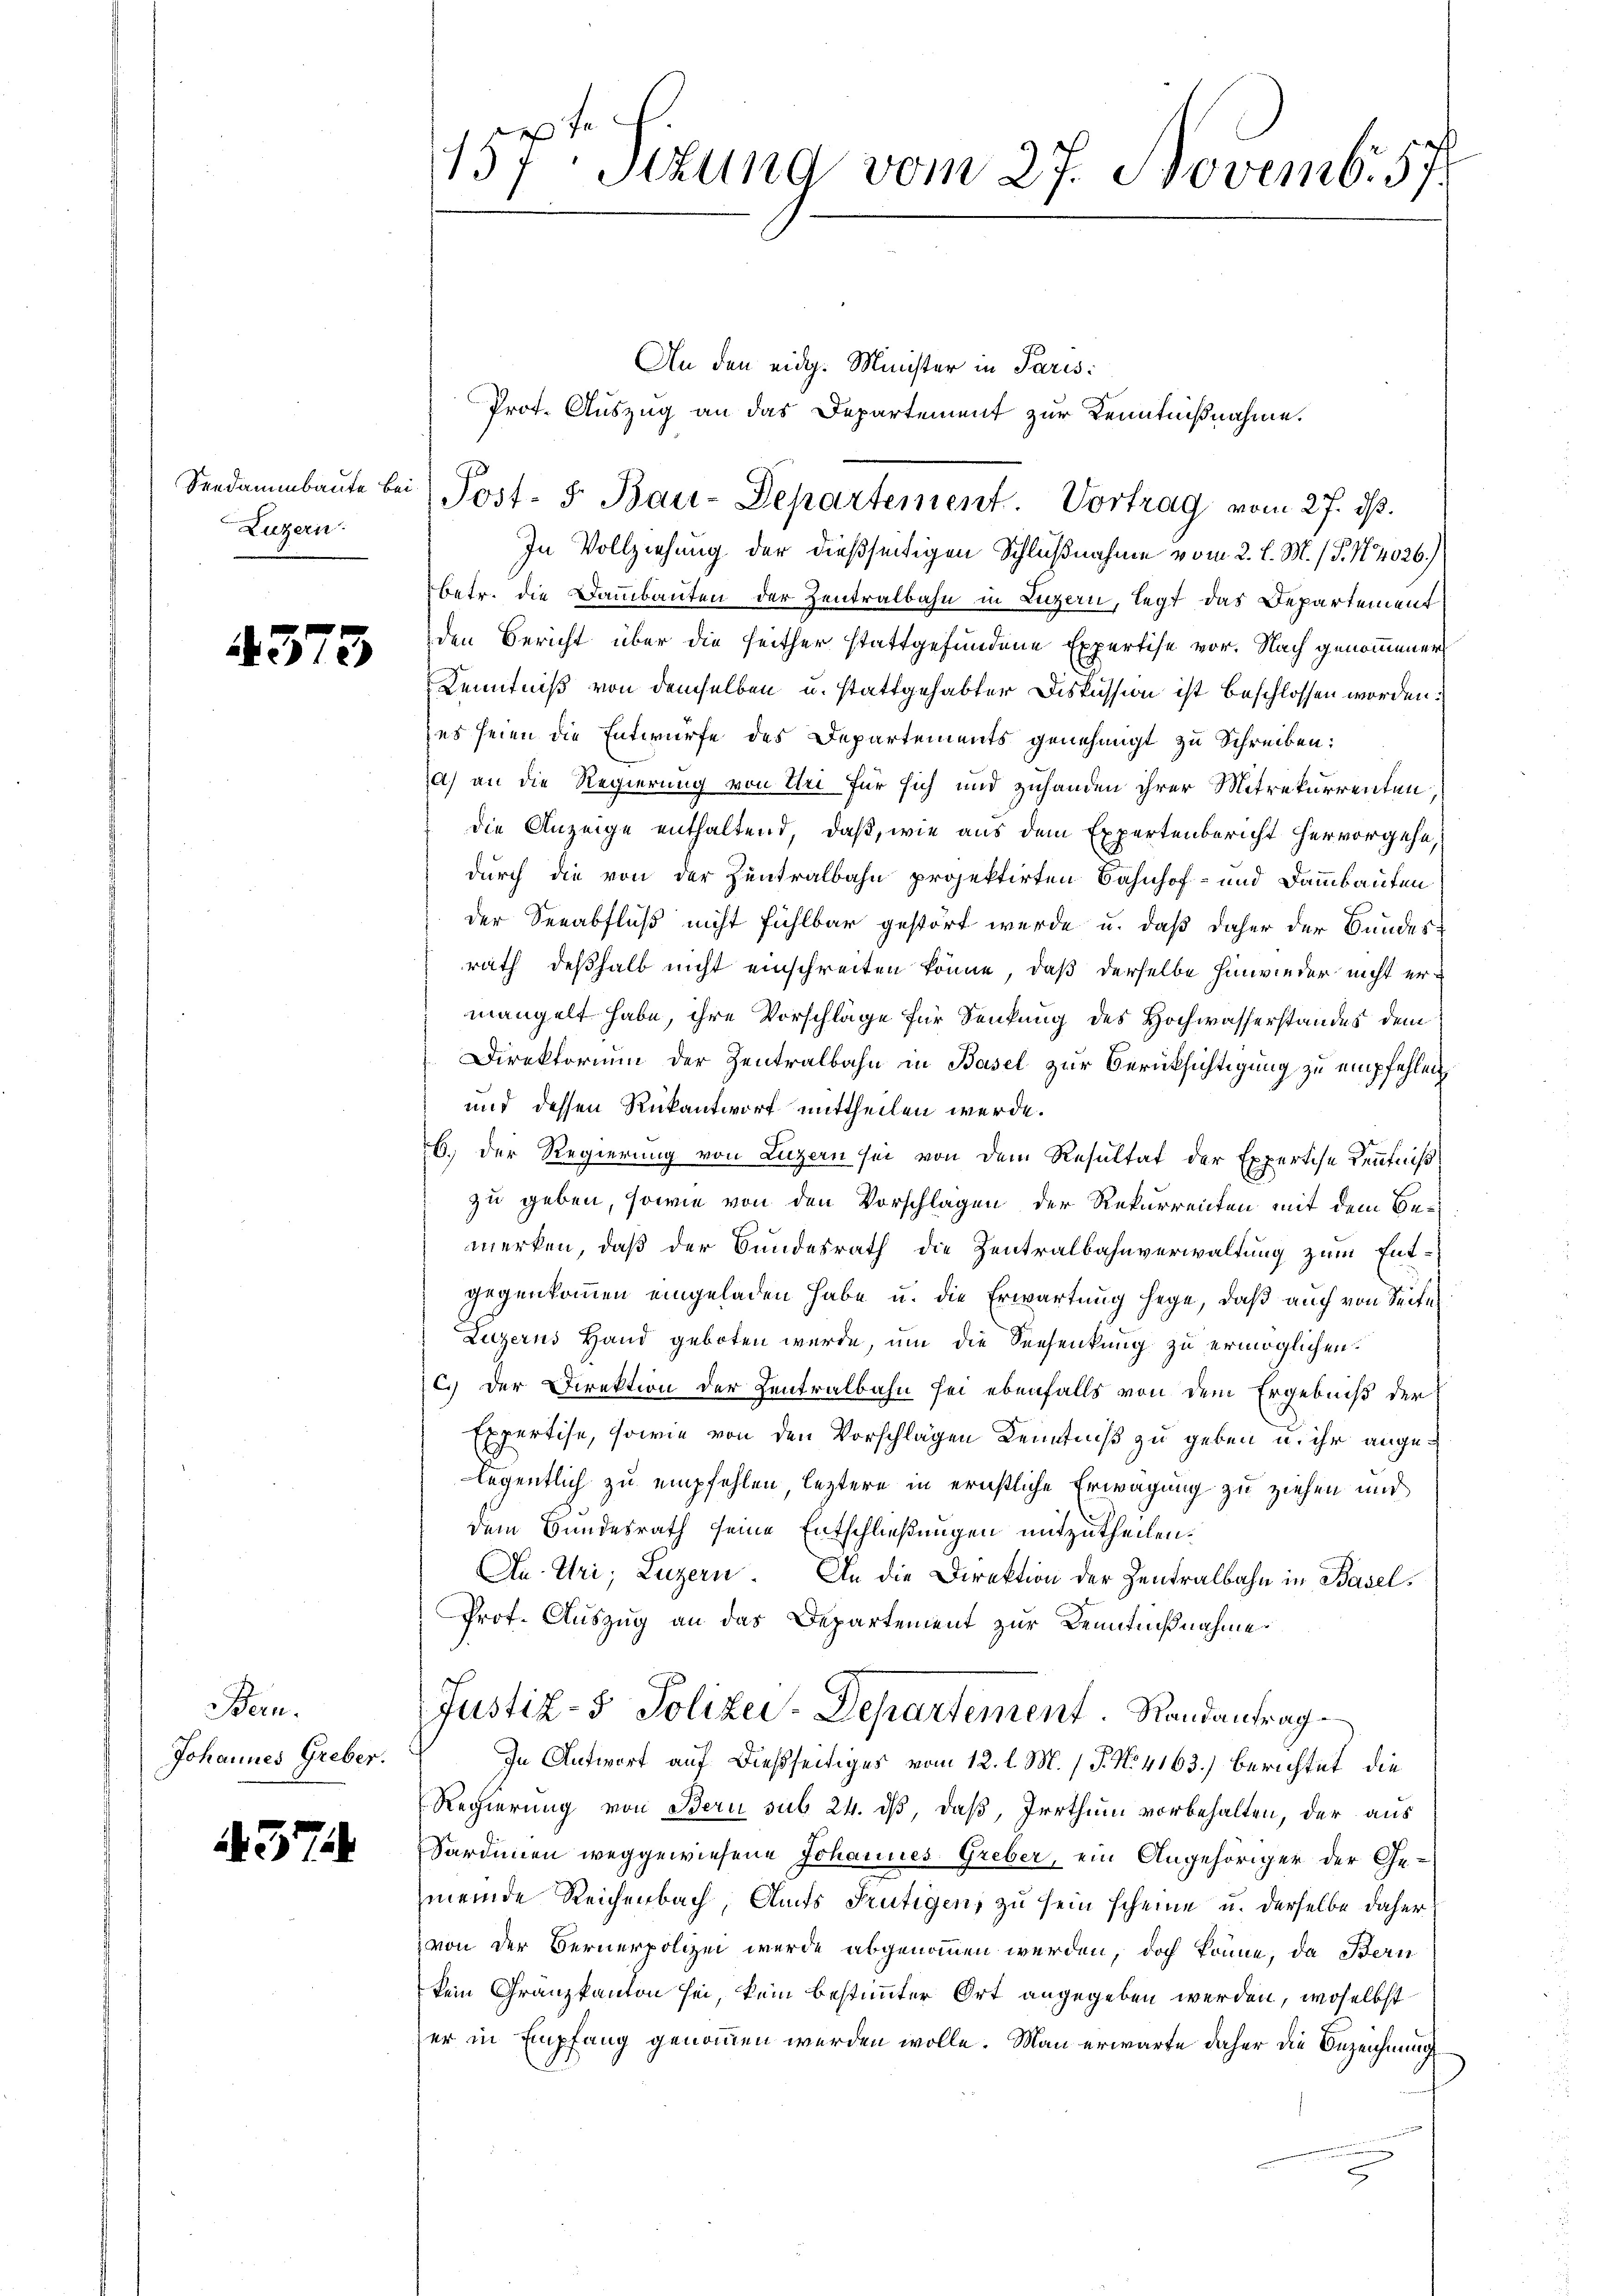
Luzern.

4373

Bern.
Johannes Greber.

57

157t Sizung vom 27. Novemb. 57.

An den eidg. Minister in Paris
Prot. Auszug an das Departement zur Kenntnißnahme.
In Vollziehung der dießseitigen Schlußnahme vom 2. l. M. / P. N. 4026.)
betr. die Dammbauten der Zentralbahn in Luzern, legt das Departement
den Bericht über die seither stattgefundene Expertise vor. Nach genommener
Kenntniß von demselben u. stattgehabter Diskussion ist beschlossen worden:
es seien die Entwurfe des Departements genehmigt zu Schreiben:
a) an die Regierung von Uri für sich und zuhanden ihrer Mitrekurrenten,
die Anzeige enthaltend, daß, wie aus dem Expertenbericht hervorgehe,
durch die von der Zentralbahn projektirten Bahnhof- und Dammbauten
der Seeabfluß nicht fühlbar gestört wurde u. daß daher der Bundesrath deßhalb nicht einschreiten könne, daß derselbe hinwieder nicht ermangelt habe, ihre Vorschläge für Senkung des Hochwasserstandes dem
Direktorium der Zentralbahn in Basel zur Berücksichtigung zu empfehlen,
und dessen Rükantworf mittheilen werde.
6.) Der Regierung von Luzern sei von dem Resultat der Expertise Kenntniß
zu geben, sowie von den Vorschlagen der Rekurrenten mit dem Bemerken, daß der Bundesrath die Zentralbahnverwaltung zum Entgegenkommen eingeladen habe u. die Erwartung hege, daß auch von Seite
Luzerns Hand geboten wurde, um die Seesenkung zu ermöglichen.
C.) Der Direktion der Zentralbahn sei ebenfalls von dem Ergebniß der
Expertise, sowie von den Vorschlägen Kenntniß zu geben u. ihr ange¬
E
legentlich zu empfehlen, leztere in ernstliche Erwägung zu ziehen und
dem Bundesrath seine Entschließungen mitzutheilen.
An Uri, Luzern. An die Direktion der Zentralbahn in Basel¬
Prot. Auszug an das Departement zur Kenntnißnahme
Justiz- & Polizei-Departement. Randantrag
In Antwort auf dießseitiges vom 12. l. M. / P. No. 4163) berichtet, die
Regierung von Bern sub 24. ds, daß, Irrthum vorbehalten, der aus
Sardinen weggewiesene Johannes Greber, ein Angehöriger der Gemeinde Reichenbach, Amts Frutigen, zu sein scheine u. derselbe daher
von der Bernerpolizei wurde abgenommen werden, doch könne, da Bern
kein Granzkanton sei, kein bestimmter Ort angegeben werden, woselbst
er in Empfang genommen werden wolle. Man erwarte daher die Bezeichnung

Seedammbaŭte bei Post- 5. Bau-Departement. Vortrag vom 27. dβ.